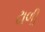
ઢાળી